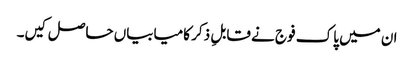
ان میں پاک فوج نے قابلِ ذکر کامیابیاں حاصل کیں۔